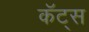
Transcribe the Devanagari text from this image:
कॅट्स